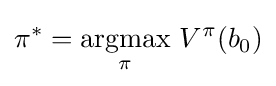
\pi ^{*}={\underset {\pi }{\mbox{argmax}}}\ V^{\pi }(b_{0})